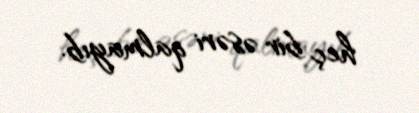
heç bir əsəri qalmayıb.